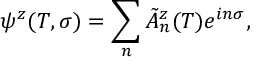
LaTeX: \psi ^ { z } ( T , \sigma ) = \sum _ { n } \tilde { \cal A } \vphantom { \cal A } _ { n } ^ { z } ( T ) e ^ { i n \sigma } ,